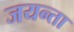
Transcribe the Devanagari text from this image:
जयन्ता